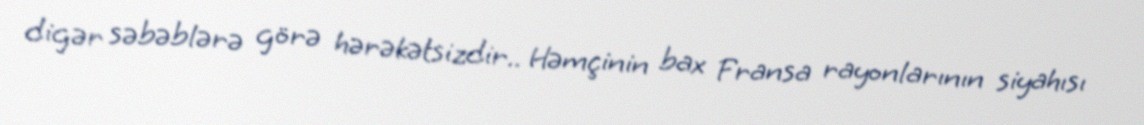
digər səbəblərə görə hərəkətsizdir.. Həmçinin bax Fransa rayonlarının siyahısı